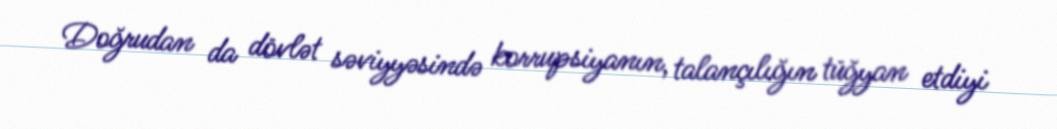
Doğrudan da dövlət səviyyəsində korrupsiyanın, talançılığın tüğyan etdiyi